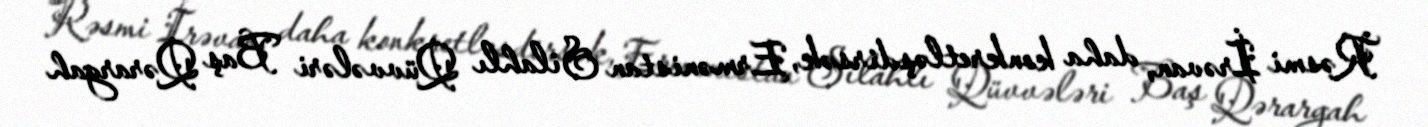
Rəsmi İrəvan, daha konkretləşdirsək, Ermənistan Silahlı Qüvvələri Baş Qərargah